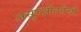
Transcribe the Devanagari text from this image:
असुरक्षीततेची